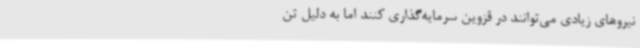
نیروهای زیادی می‌توانند در قزوین سرمایه‌گذاری کنند اما به دلیل تن